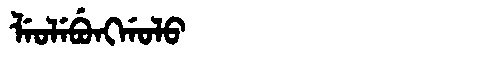
Manchu: ᠯᡝᠣᠯᡝᠪᡠᠩᡤᠣᠯᠣ
Romanization: LEOLEBUNGGOLO